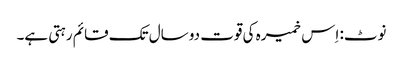
نوٹ: اِس خمیرہ کی قوت دو سال تک قائم رہتی ہے۔